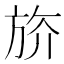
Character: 𣃭